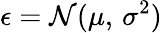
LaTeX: \epsilon=\mathcal{N}(\mu,\, \sigma^{2})